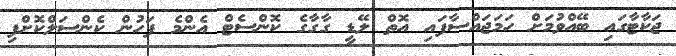
ޖަކާޓާގައި ބޭއްވުމަށް ހަމަޖައްސާފައި އޮތް ލޭޑީ ގާގާގެ ކޮންސެޓް އެންމެ ފަހުން ކެންސަލްކޮށްފި